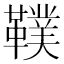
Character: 䪁